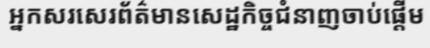
អ្នកសរសេរព័ត៌មានសេដ្ឋកិច្ចជំនាញចាប់ផ្តើម